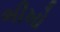
ભીખો